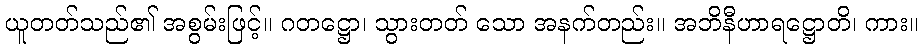
ယူတတ်သည်၏ အစွမ်းဖြင့်။ ဂတဋ္ဌော၊ သွားတတ် သော အနက်တည်း။ အဘိနီဟာရဋ္ဌောတိ၊ ကား။